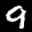
Label: 9